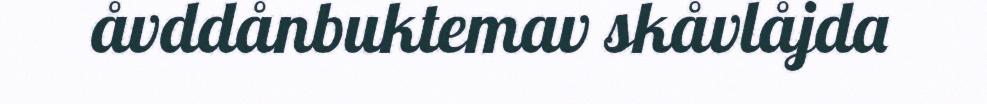
åvddånbuktemav skåvlåjda